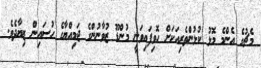
މެޗުގެ އެންމެ މޮޅު ކުޅުންތެރިއަކަށް ހޮވިފައިވަނީ މުންޑޫ ޒުވާނުންގެ ޖަމިއްޔާގެ ހުސައިން ޒިޔާދެވެ.